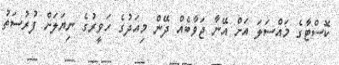
ކޮސްޓާގެ މައްސަލަ އަށް އޭނާ ޖަވާބެއް ދޭން މިއަދުގެ ހަވީރުގެ ނިޔަލަށް ފުރުސަތު